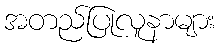
အတည်ပြုလူနာများ